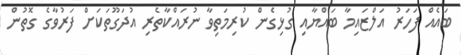
ބައެއް ފަހަރު އަލްޒައިމާ ބައްޔާއި ގުޅިގެން ކުރިމަތިވާ ނުރައްކާތެރި އުދަގޫތަކަށް ފަރުވާގެ ގޮތުން